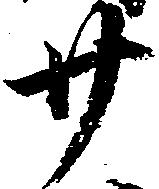
廿